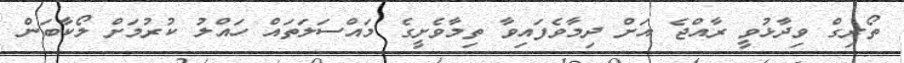
ތޯރިގް ވިދާޅުވީ ރާއްޖެ އަށް ދިމާވެފައިވާ ތިމާވެށީގެ މައްސަލަތައް ހައްލު ކުރުމަށް ލޯކާބަން